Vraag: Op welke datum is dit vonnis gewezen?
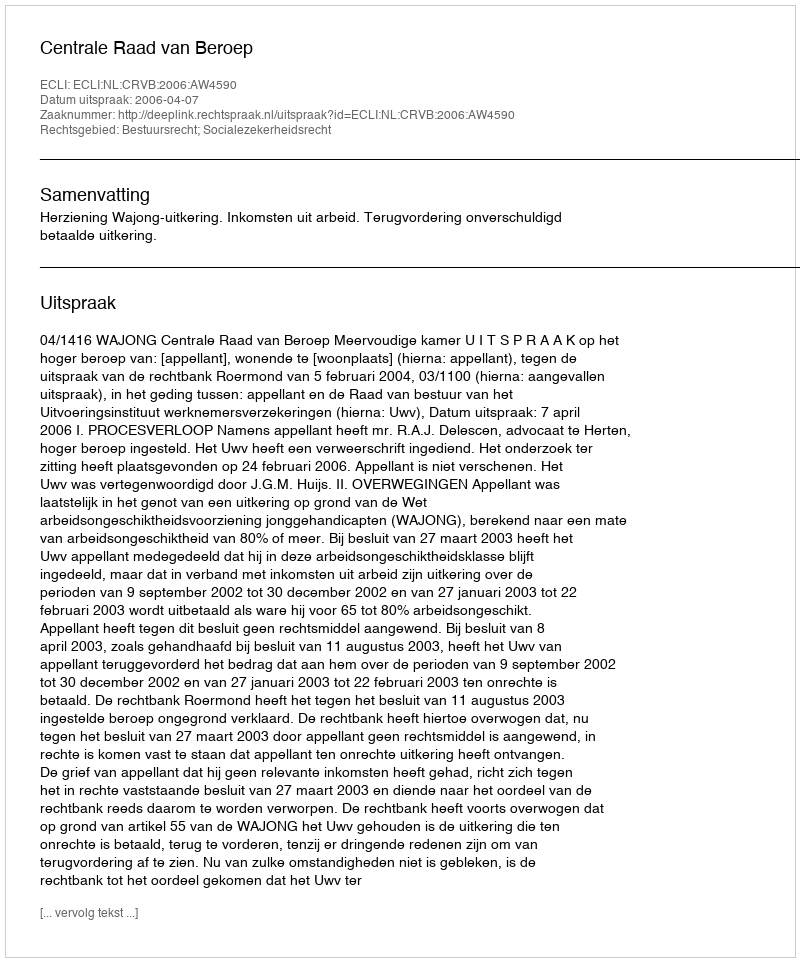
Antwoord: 2006-04-07